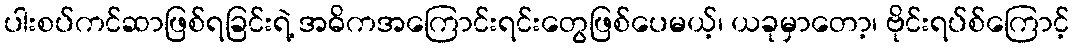
ပါးစပ်ကင်ဆာဖြစ်ရခြင်းရဲ့ အဓိကအကြောင်းရင်းတွေဖြစ်ပေမယ့်၊ ယခုမှာတော့၊ ဗိုင်းရပ်စ်ကြောင့်